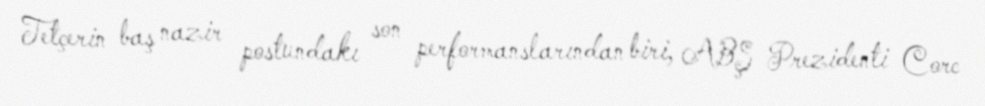
Tetçerin baş nazir postundakı son performanslarından biri, ABŞ Prezidenti Corc